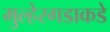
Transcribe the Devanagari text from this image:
मुल्हेरगडाकडे